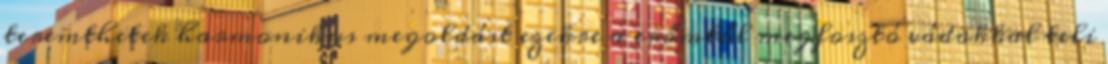
teremthetek harmonikus megoldást ezekre a erőmtől megfosztó vádakkal teli